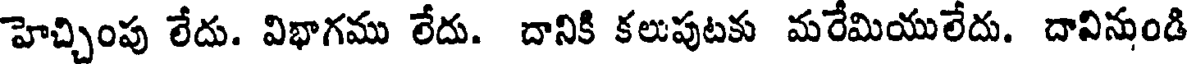
హెచ్చింపు లేదు. విభాగము లేదు. దానికి కలుపుటకు మరేమియులేదు. దావినుండి